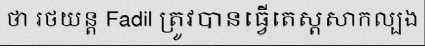
ថា រថយន្ត Fadil ត្រូវបានធ្វើតេស្តសាកល្បង